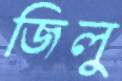
জিলু